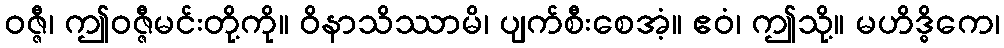
ဝဇ္ဇီ၊ ဤဝဇ္ဇီမင်းတို့ကို။ ဝိနာသိဿာမိ၊ ပျက်စီးစေအံ့။ ဧဝံ၊ ဤသို့။ မဟိဒ္ဓိကေ၊